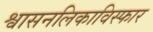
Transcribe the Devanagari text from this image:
श्वासनलिकाविस्फार